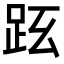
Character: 𧿠